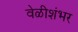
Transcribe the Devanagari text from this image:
वेळीशंभर